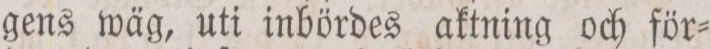
gens wäg, uti inbördes aktning och för=